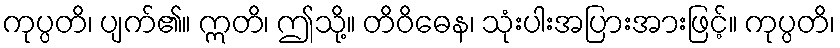
ကုပ္ပတိ၊ ပျက်၏။ ဣတိ၊ ဤသို့။ တိဝိဓေန၊ သုံးပါးအပြားအားဖြင့်။ ကုပ္ပတိ၊